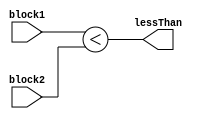
module LessThanComparator(
    input [7:0] block1,
    input [7:0] block2,
    output lessThan
);

assign lessThan = block1 < block2;

endmodule